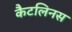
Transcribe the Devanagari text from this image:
कैटलिनस